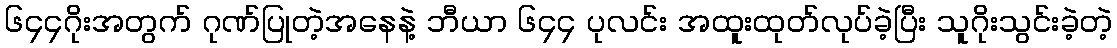
၆၄၄ဂိုးအတွက် ဂုဏ်ပြုတဲ့အနေနဲ့ ဘီယာ ၆၄၄ ပုလင်း အထူးထုတ်လုပ်ခဲ့ပြီး သူဂိုးသွင်းခဲ့တဲ့